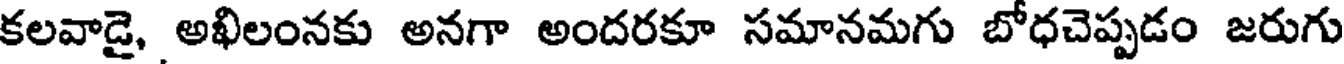
కలవాడై, అభిలంనకు అనగా అందరకూ సమానమగు బోధచెప్పడం జరుగు